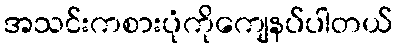
အသင်းကစားပုံကိုကျေနပ်ပါတယ်